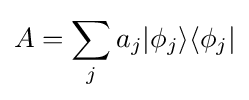
A=\sum _{j}a_{j}|\phi _{j}\rangle \langle \phi _{j}|